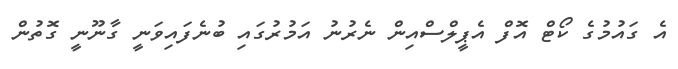
އެ ގައުމުގެ ކޯޓް އޮފް އެޕީލްސްއިން ނެރުނު އަމުރުގައި ބުނެފައިވަނީ ގާނޫނީ ގޮތުން